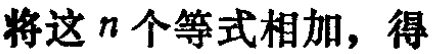
将这\(n\)个等式相加，得